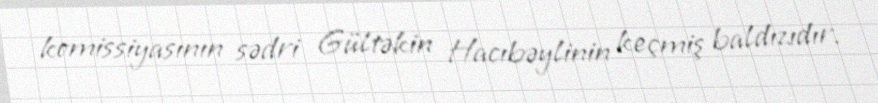
komissiyasının sədri Gültəkin Hacıbəylinin keçmiş baldızıdır.